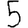
Digit: 5